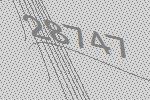
28747